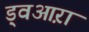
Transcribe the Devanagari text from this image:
ड्वआऱा